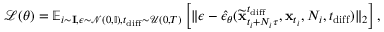
\mathcal { L } ( \theta ) = \mathbb { E } _ { i \sim \mathbf { I } , \epsilon \sim \mathcal { N } ( 0 , \mathbb { I } ) , t _ { \mathrm { d i f f } } \sim \mathcal { U } ( 0 , T ) } \left[ \lVert \epsilon - \hat { \epsilon } _ { \boldsymbol { \theta } } ( \widetilde { \mathbf { x } } _ { t _ { i } + N _ { i } \tau } ^ { t _ { \mathrm { d i f f } } } , \mathbf { x } _ { t _ { i } } , N _ { i } , t _ { \mathrm { d i f f } } ) \rVert _ { 2 } \right] ,